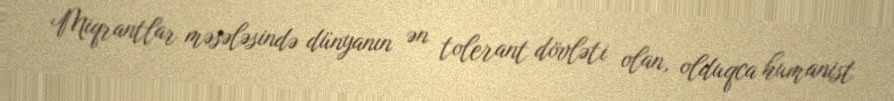
Miqrantlar məsələsində dünyanın ən tolerant dövləti olan, olduqca humanist